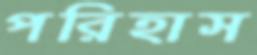
পরিহাস